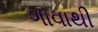
ગાવાથી